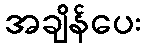
အချိန်ပေး